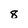
Character: 8